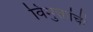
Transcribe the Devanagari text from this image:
विमुक्तांची